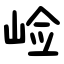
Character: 崄